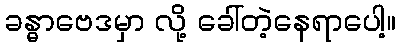
ခန္ဓာဗေဒမှာ လို့ ခေါ်တဲ့နေရာပေါ့။